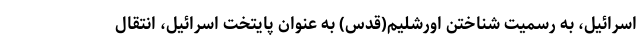
اسرائیل، به رسمیت شناختن اورشلیم(قدس) به عنوان پایتخت اسرائیل، انتقال